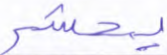
يحشر